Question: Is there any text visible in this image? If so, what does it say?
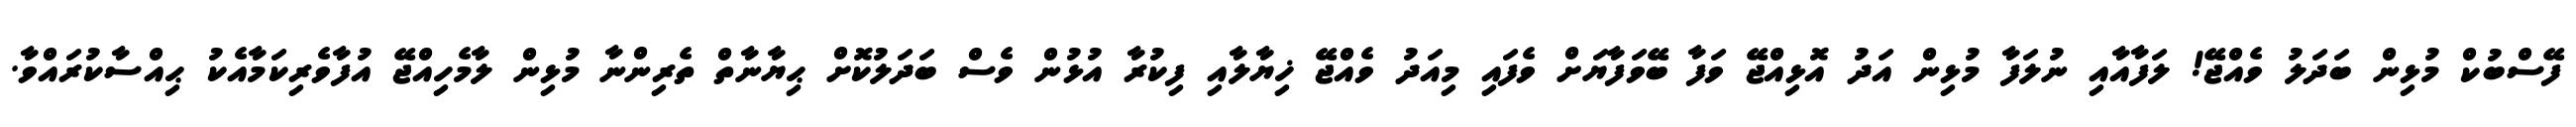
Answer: ފޭސްބުކް މުޅިން ބަދަލު ވެއްޖޭ! ލަފާއާއި ނުލަފާ މުޅިން އަދު އޮޅިއްޖޭ ވަފާ ބޭވަފާޔަށް ވެފައި މިއަދު ވެއްޖޭ ޚިޔާލާއި ފިކުރާ އުޅުން ވެސް ބަދަލުކޮށް ޙިޔާނާތް ތެރިންނާ މުޅިން ލާމެހިއްޖޭ އުފާވެރިކަމާއެކު ޙިއްސާކުރައްވާ.